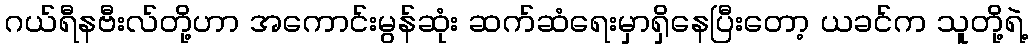
ဂယ်ရီနဗီးလ်တို့ဟာ အကောင်းမွန်ဆုံး ဆက်ဆံရေးမှာရှိနေပြီးတော့ ယခင်က သူတို့ရဲ့